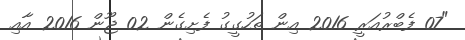
"07 ފެބްރުއަރީ 2016 އިން ތަހުގީގު ފެށިގެން 02 ޖޫން 2016 އާއި